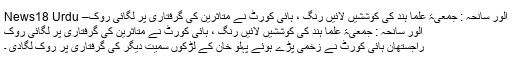
الور سانحہ : جمعیۃ علما ہند کی کوششیں لائیں رنگ ، ہائی کورٹ نے متاثرین کی گرفتاری پر لگائی روک– News18 Urdu
الور سانحہ : جمعیۃ علما ہند کی کوششیں لائیں رنگ ، ہائی کورٹ نے متاثرین کی گرفتاری پر لگائی روک
راجستھان ہائی کورٹ نے زخمی پڑے ہوئے پہلو خان کے لڑکوں سمیت دیگر کی گرفتاری پر روک لگادی ۔